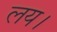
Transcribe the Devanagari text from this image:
लय।